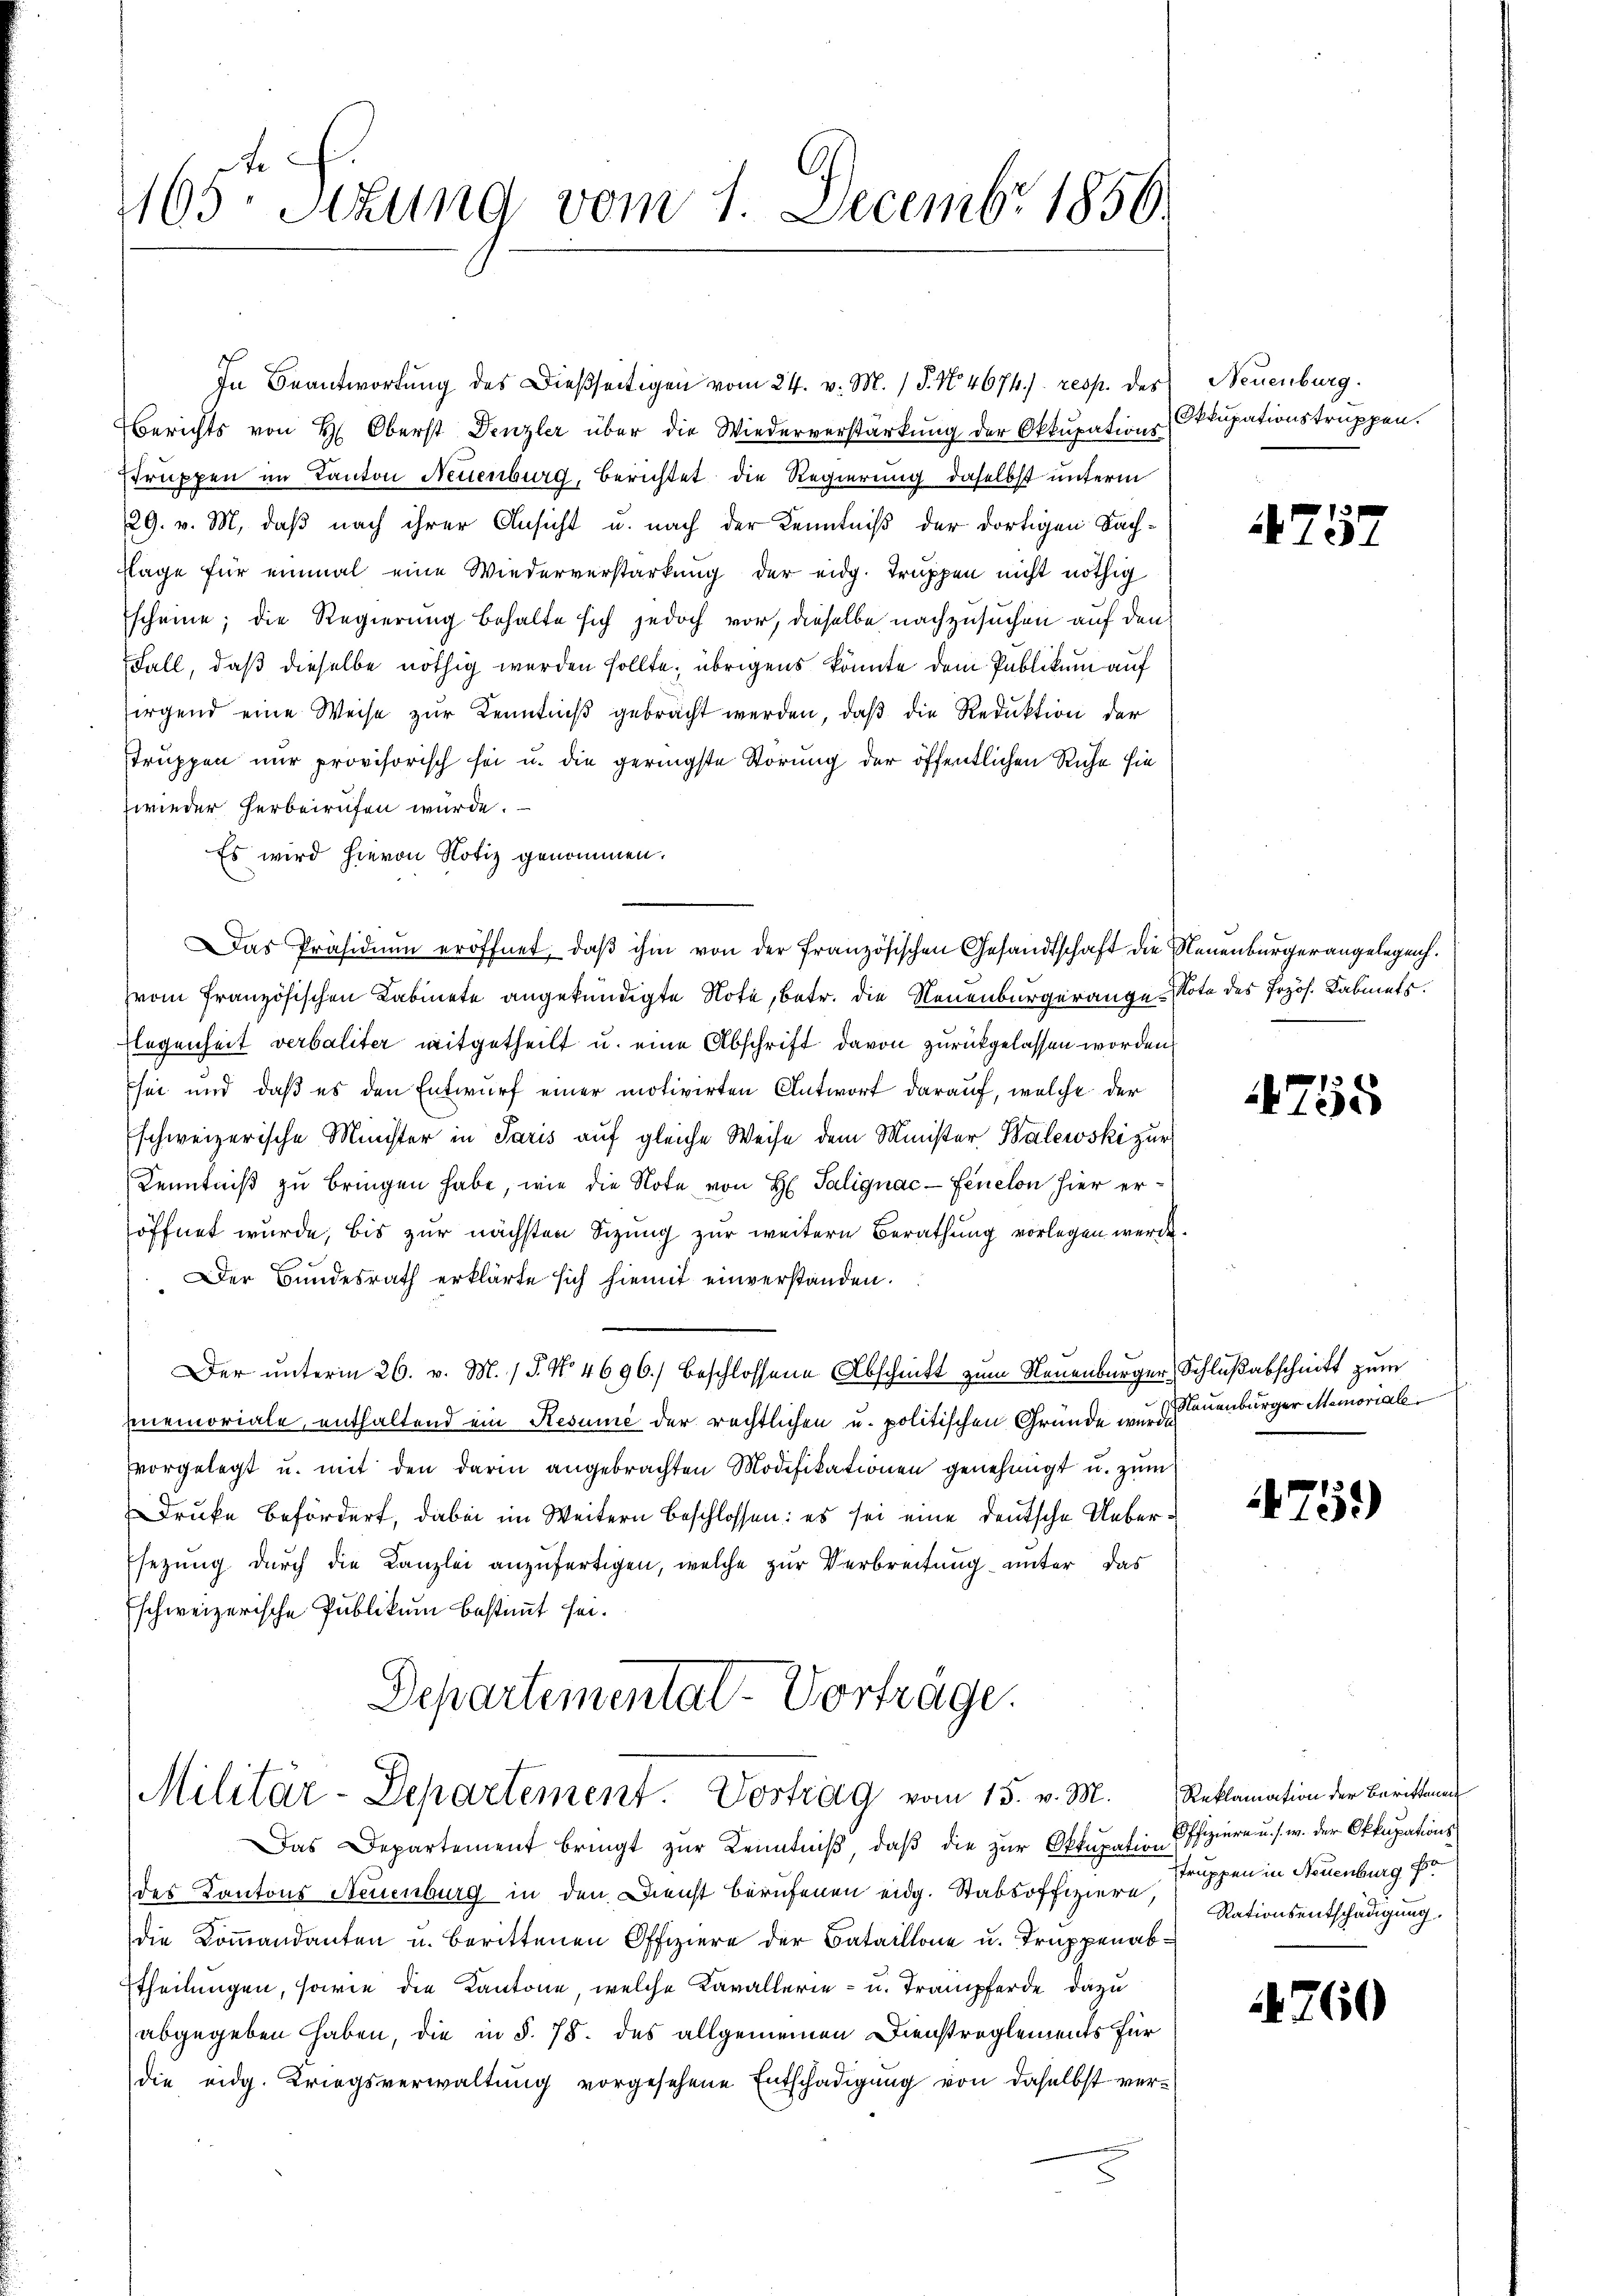
165 Sizung vom 1. Decembr 1856.

In Beantwortung des Dießseitigen vom 24. v. M. / 5. No. 4674./. resp. des Neuenburg.
Berichts von H. Oberst Denzler über die Wiederverstärkung der Okkupations-
struppen im Kanton Neuenburg, Berichtet die Regierung daselbst unterm
29. v. M., daß nach ihrer Ansicht u. nach der Kenntniß der dortigen Sachlage für einmal eine Wiederverstärkung der eidg. Truppen nicht nöthig
scheine; die Regierung behalte sich jedoch vor, dieselbe nachzusuchen auf den
Fall, daß dieselbe nöthig werden sollte, übrigens könnte dem Publikum auf
sirgend eine Weise zur Kenntniß gebracht werden, daß die Reduktion der
struppen nur provisorisch sei u. die geringste Störung der öffentlichen Ruhe sie
zwieder herbeirufen wurde.
Es wird hievon Notiz genommen.
voin französischen Kabinete angekündigte Note, betr. die Neuenburgerange-Note des Przös. Labmets.
Flegenheit verbaliter mitgetheilt u. eine Abschrift davon zurückgelassen worden
Esei und daß es den Entwurf einer motivirten Antwort darauf, welche der
Eschweizerische Minister in Paris auf gleiche Weise dem Minister Walewski zur
Kenntniß zu bringen habe, wie die Note von H. Palignac-Fenclon hier eröffnet wurde, bis zur nächsten Sizung zur weitern Berathung vorlegen werde
Der Bundesrath erklärte sich hiemit einverstanden.
Der ŭnterm 26. v. M. 18. No 4696) beschlossene Abschnitt zum Neuenburger Schlußabschnitt zum
memoriale, enthaltend ein Resume der rechtlichen u. politischen Gründe wurdenburger Memoriale
vorgelegt u. mit den darin angebrachten Modifikationen genehmigt u. zum
Druke befördert, dabei im Weitern beschlossen: es sei eine deutsche Ueber¬
Esezung durch die Kanzlei anzufertigen, welche zur Verbreitung unter das
schweizerische Publikum bestimmt sei.
Departemental-Vorträge.

Das Präsidium eröffnet, daβ ihm von der französischen Gesandtschaft die Neuenburgerangelegen.

Militär-Departement. Vortrag vom 15. v. M.

Das Departement bringt zur Kenntniß, daß die zur Okkupation offiziere u. s. w. der Okkupations
des Kantons Neuenburg in den Dienst berufenen eidg. Stabsoffiziere, Nationsentschädigung.
die Kommandanten u. berittenen Offiziere der Bataillone u. Truppenabtheilungen, sowie die Kantone, welche Kavallerie- u. Trampferde dazu
abgegeben haben, die in §. 78. des allgemeinen Dienstreglements für
die eidg. Kriegsverwaltung vorgesehene Entschädigung von daselbst ver¬

Okkupationstruppen.

4752

4755

475)

Reklamation der Beritteng
struppen in Neuenburg f

760